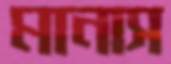
মানাস